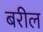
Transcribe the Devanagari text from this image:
बरील